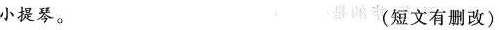
小提琴。(短文有删改)